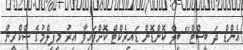
އެންޑް ދަ ބީސްޓް" ބިލް ކޮންޑޮން ޑައިރެކްޓް ކޮށްފައިވާ އިރު މިފިލްމުގެ ސްކްރީން